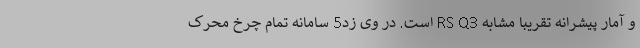
و آمار پیشرانه تقریبا مشابه RS Q3 است. در وی زد5 سامانه تمام چرخ محرک